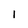
Character: l